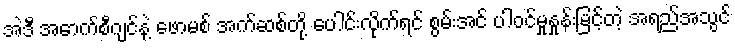
အဲဒီ အောက်စီဂျင်နဲ့ ဖောမစ် အက်ဆစ်တို့ ပေါင်းလိုက်ရင် စွမ်းအင် ပါဝင်မှုနှုန်းမြင့်တဲ့ အရည်အသွင်